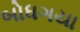
બોધગયા